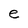
Character: e